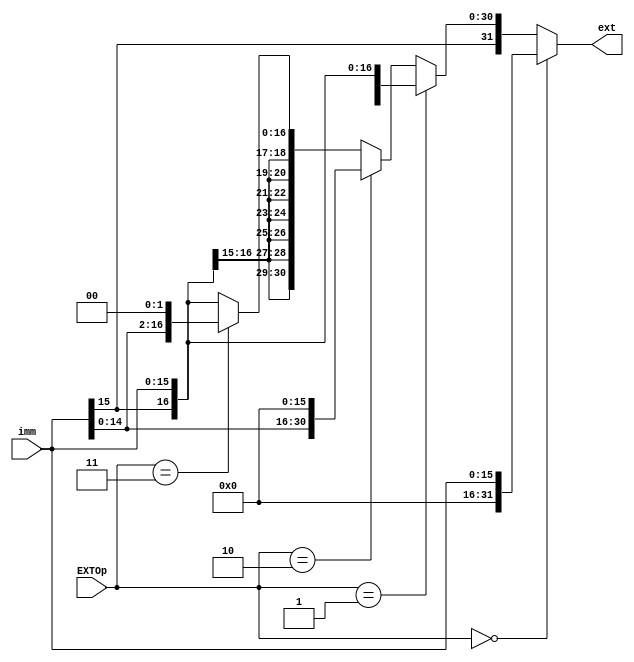
`timescale 1ns / 1ps
//////////////////////////////////////////////////////////////////////////////////
// Company: 
// Engineer: 
// 
// Design Name: 
// Module Name:    EXT 
// Project Name: 
// Target Devices: 
// Tool versions: 
// Description: 
//
// Dependencies: 
//
// Revision: 
// Revision 0.01 - File Created
// Additional Comments: 
//
//////////////////////////////////////////////////////////////////////////////////
module EXT(
    input [15:0] imm,
    input [1:0] EXTOp,
    output [31:0] ext
    );
	 
	 assign ext=(EXTOp==2'b00)?{16'b0,imm}:        //0
					(EXTOp==2'b01)?{{16{imm[15]}},imm}:  //
					(EXTOp==2'b10)?{imm,16'b0}:					//lui
					(EXTOp==2'b11)?{{14{imm[15]}},imm,2'b0}:  //shift2, 
											{{16{imm[15]}},imm};
											
											
	 
endmodule